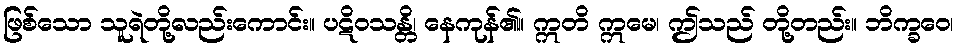
ဖြစ်သော သူရဲတို့လည်းကောင်း။ ပဋိဝသန္တိ၊ နေကုန်၏။ ဣတိ ဣမေ၊ ဤသည် တို့တည်း။ ဘိက္ခဝေ၊